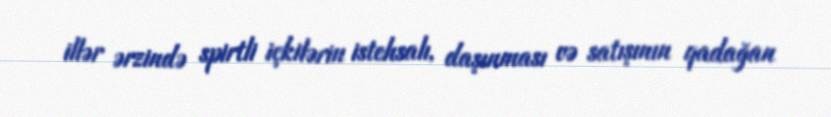
illər ərzində spirtli içkilərin istehsalı, daşınması və satışının qadağan